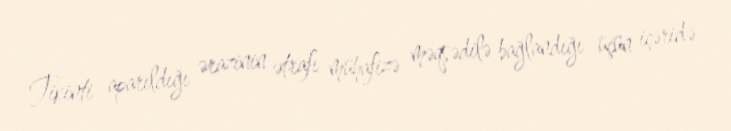
Tikinti aparıldığı ərazinin ətrafı mühafizə məqsədilə bağlandığı üçün içəridə